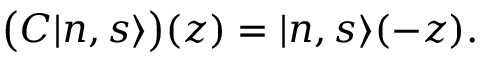
\bigl ( C | n , s \rangle \bigr ) ( z ) = | n , s \rangle ( - z ) .